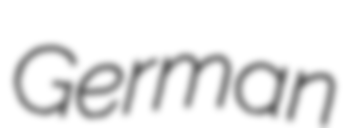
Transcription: German